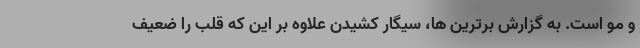
و مو است. به گزارش برترین ها، سیگار کشیدن علاوه بر این که قلب را ضعیف